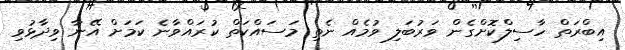
އިބްރަތް ހާސިލްކޮށްގެން ވަރުބަލި ވުމެއް ނެތި މަސައްކަތް ކުރައްވާނެ ކަމަށް އޭނާ ވިދާޅުވި